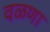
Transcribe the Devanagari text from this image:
वळणा